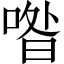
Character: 喒